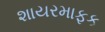
શાયરમાફક